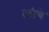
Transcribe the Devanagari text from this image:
त्यंाचे